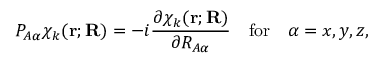
P _ { A \alpha } \chi _ { k } ( \mathbf { r } ; \mathbf { R } ) = - i { \frac { \partial \chi _ { k } ( \mathbf { r } ; \mathbf { R } ) } { \partial R _ { A \alpha } } } \quad { \mathrm { f o r } } \quad \alpha = x , y , z ,